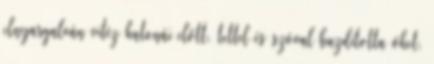
elnyargalván vitéz katonái előtt, tettel és szóval buzdította őket.